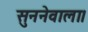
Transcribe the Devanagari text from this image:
सुननेवाला।